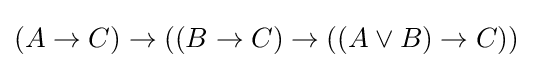
(A\to C)\to ((B\to C)\to ((A\lor B)\to C))